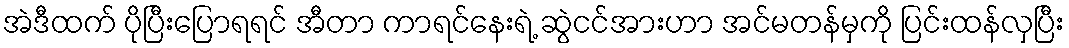
အဲဒီထက် ပိုပြီးပြောရရင် အီတာ ကာရင်နေးရဲ့ ဆွဲငင်အားဟာ အင်မတန်မှကို ပြင်းထန်လှပြီး